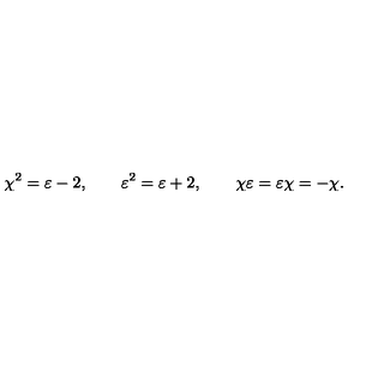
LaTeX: \chi ^ { 2 } = \varepsilon - 2 , \qquad \varepsilon ^ { 2 } = \varepsilon + 2 , \qquad \chi \varepsilon = \varepsilon \chi = - \chi .